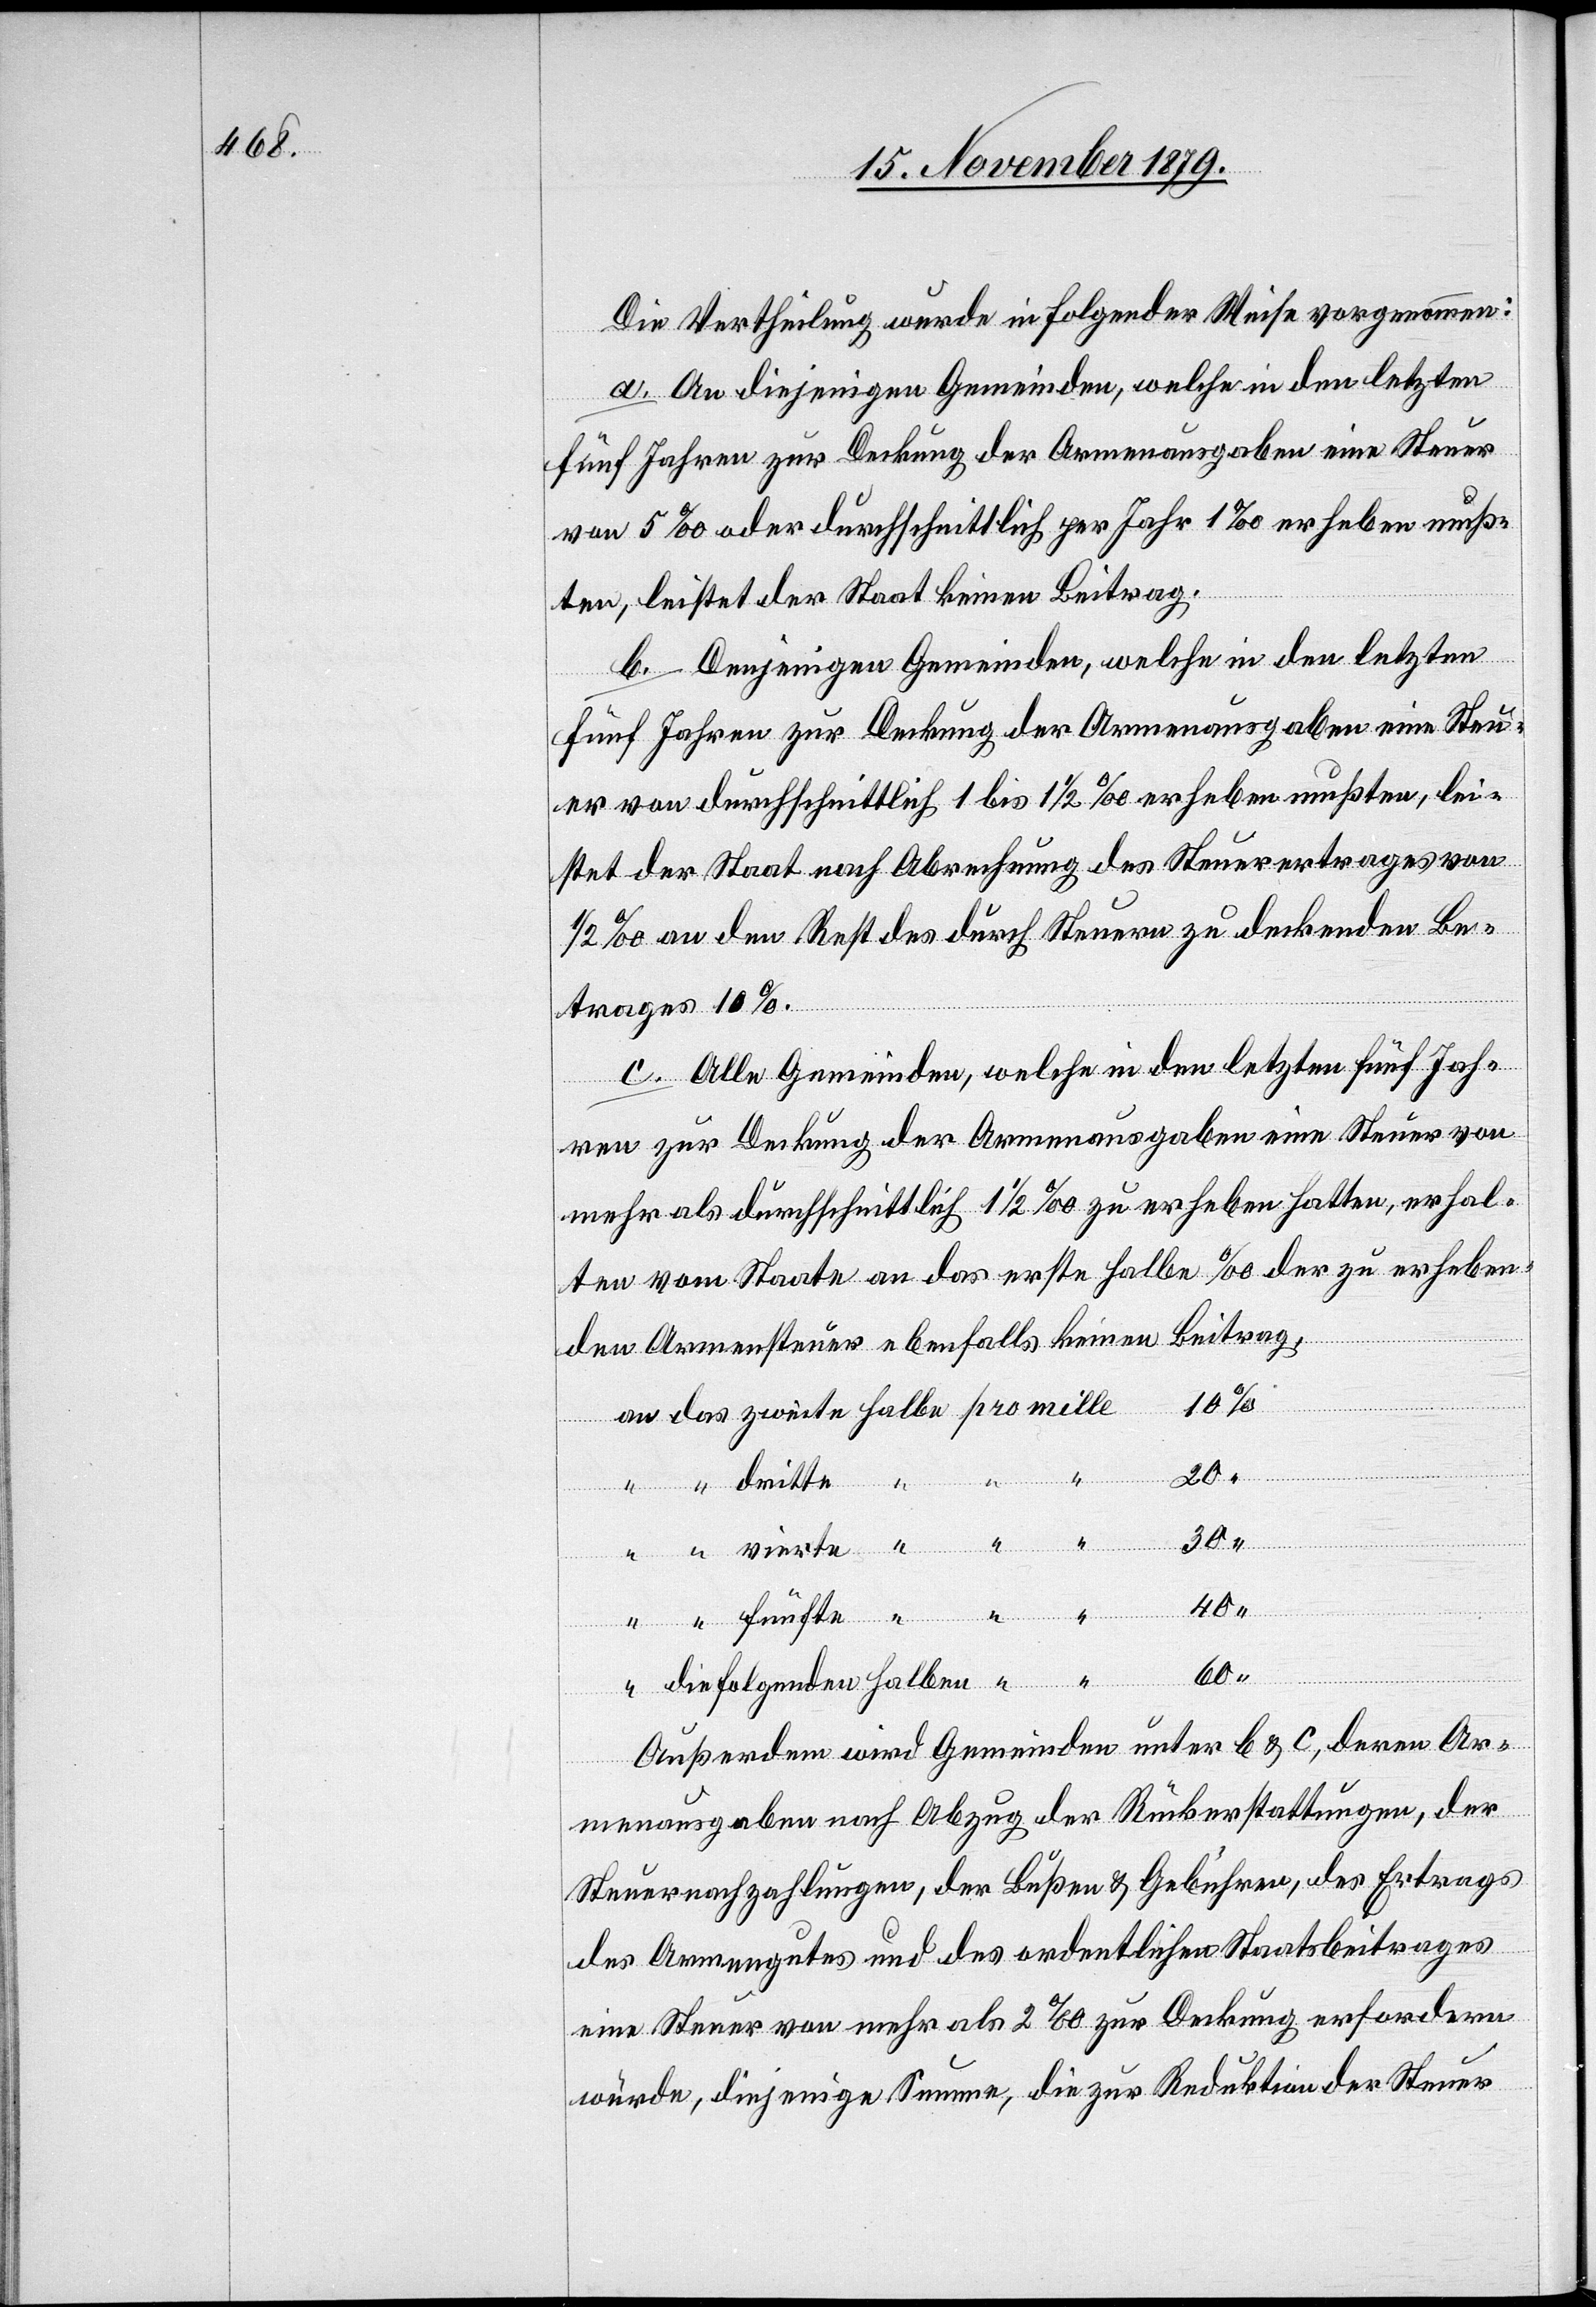
Die Vertheilung wurde in folgender Weise vorgenommen:
a. An diejenigen Gemeinden, welche in den letzten
fünf Jahren zur Deckung der Armenausgaben eine Steuer
von 5% oder durchschnittlich per Jahr 1% erheben muß¬
ten, leistet der Staat keinen Beitrag.
b. Denjenigen Gemeinden, welche in den letzten
fünf Jahren zur Deckung der Armenausgaben eine Steu¬
er von durchschnittlich 1 bis 11/2% erheben mußten, lei¬
stet der Staat nach Abrechnung des Steuerertrages von
1/2% an den Rest des durch Steuern zu deckenden Be¬
trages 10%.
c. Alle Gemeinden, welche in den letzten fünf Jah¬
ren zur Deckung der Armenausgaben eine Steuer von
mehr als durchschnittlich 11/2% zu erheben hatten, erhal¬
ten vom Staate an das erste Halbe % der zu erheben¬
den Armensteuer ebenfalls keinen Beitrag,
fte
30
60
“
“
die folgenden Halben
Außerdem wird Gemeinden unter b & c, deren Ar¬
menausgaben nach Abzug der Rückerstattungen, der
Steuernachzahlungen, der Bußen & Gebühren, des Ertrags
des Armengutes und des ordentlichen Staatsbeitrages
eine Steuer von mehr als 2% zur Deckung erfordern
würde, diejenige Summe, die zur Reduktion der Steuer